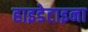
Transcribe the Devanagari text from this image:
हाइडेटाइना